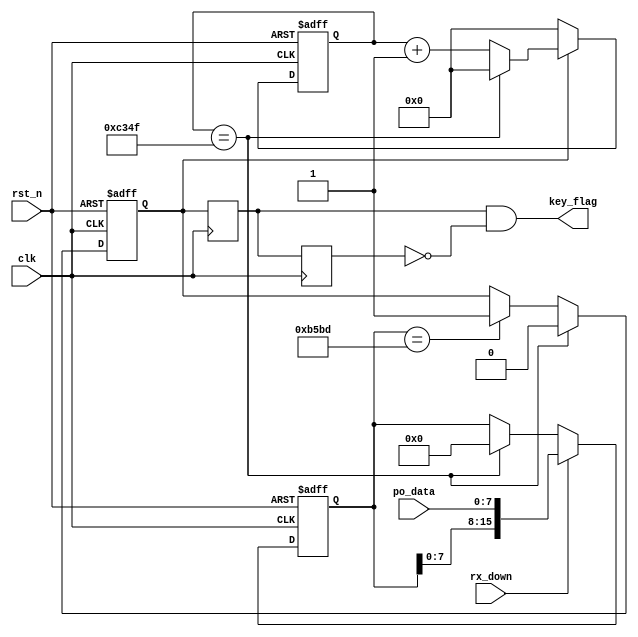
module power_bb( 
    clk,
	rst_n,
	po_data,
	rx_down,
	key_flag
    );

input clk;
input rst_n;
input [7:0]po_data;
input rx_down;
output  key_flag;

parameter inst1 = 16'b1100_1010_1101_0101; 
parameter inst2 = 16'b1011_0101_1011_1101;

reg [15:0]com1;
reg [28:0]cnt;

reg temp1;
reg temp2;
reg key_state;

assign key_flag = temp1 & (~temp2);


always @(posedge clk)
    temp1 <= key_state;
always @(posedge clk)
    temp2 <=  temp1;	


always @(posedge clk or negedge rst_n)
    if(!rst_n)
	    com1 <= 0;
	else if( rx_down )
	    com1 <= {com1[7:0],po_data};
	else if(cnt == 49999)
        com1 <= 0;
	else 
	    com1 <= com1;

		
always @(posedge clk or negedge rst_n)
    if(!rst_n)
	    key_state <= 0;
	else if(cnt == 49999)
	    key_state <= 0;
	else if(com1 == inst2)
	    key_state <= 1;
	else 
	    key_state <= key_state;


always @(posedge clk or negedge rst_n)
    if(!rst_n)
        cnt <= 0;
    else if(key_state)
        if(cnt == 49999)
            cnt <= 0;
        else 
            cnt <= cnt + 1'b1;
    else 
        cnt <= 0;	
	
endmodule